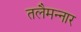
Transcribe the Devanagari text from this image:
तलैमन्‍नार